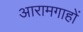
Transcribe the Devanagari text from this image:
आरामगाहों